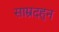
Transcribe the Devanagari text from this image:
साम्रदहुन